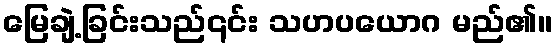
မြေချဲ့ခြင်းသည်၎င်း သဟပယောဂ မည်၏။